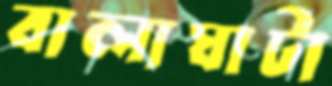
বালাঘাটা